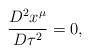
\begin{align*}\frac{D^{2}x^{\mu }}{D\tau ^{2}}=0, \end{align*}